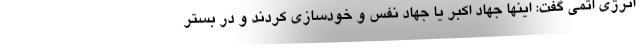
انرژی اتمی گفت: اینها جهاد اکبر یا جهاد نفس و خودسازی کردند و در بستر